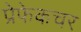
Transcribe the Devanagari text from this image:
प्रेफेकचर